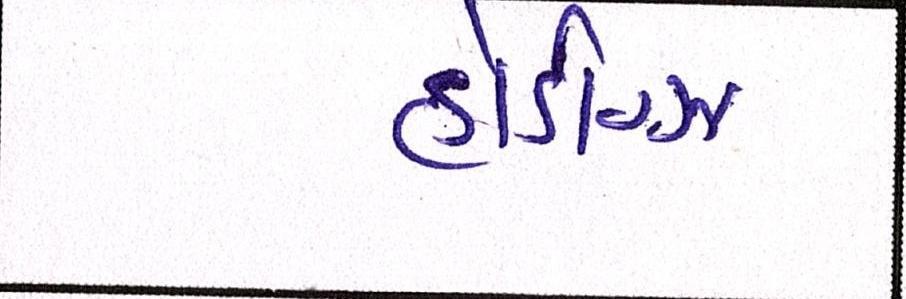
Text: હોડીગ્ઝ